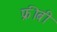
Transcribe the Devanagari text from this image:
फ्रीबी